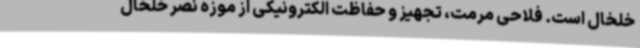
خلخال است. فلاحی مرمت، تجهیز و حفاظت الکترونیکی از موزه نصر خلخال